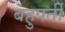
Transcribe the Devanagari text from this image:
बहुपर्ती